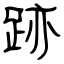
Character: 跡